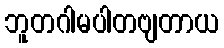
ဘူတဂါမပါတဗျတာယ